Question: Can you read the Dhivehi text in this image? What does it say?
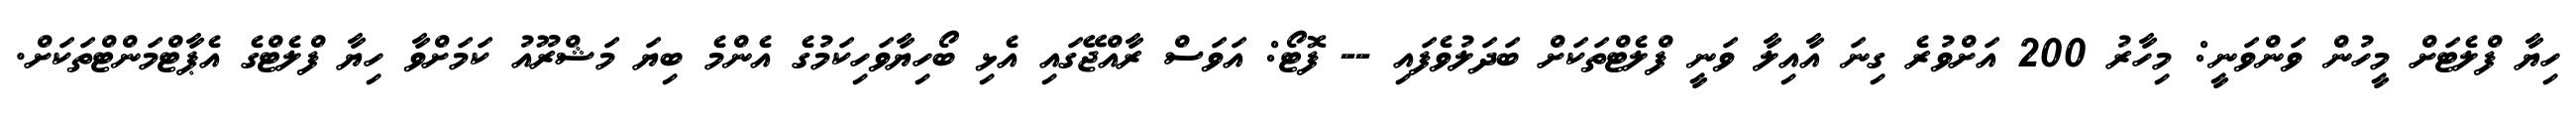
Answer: ހިޔާ ފްލެޓަށް މީހުން ވަންވަނީ: މިހާރު 200 އަށްވުރެ ގިނަ އާއިލާ ވަނީ ފްލެޓްތަކަށް ބަދަލުވެފައި -- ފޮޓޯ: އަވަސް ރާއްޖޭގައި އެޅި ބޯހިޔާވަހިކަމުގެ އެންމެ ބިޔަ މަޝްރޫއު ކަމަށްވާ ހިޔާ ފްލެޓްގެ އެޕާޓްމަންޓްތަކަށް.